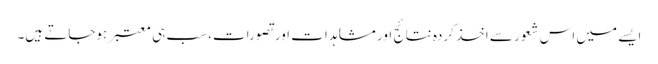
ایسے میں اس شعور سے اخذ کردہ نتائج اور مشاہدات اور تصورات، سب ہی معتبر ہوجاتے ہیں۔